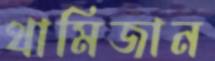
থামিজান